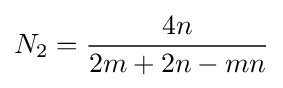
N_{2}={\frac {4n}{2m+2n-mn}}